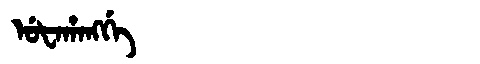
Manchu: ᡠᡶᠠᡥᠠᠩᡤᡝ
Romanization: UFAHANGGE